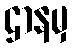
ဌာနမှ